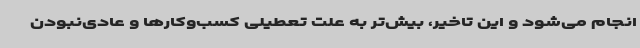
انجام می‌شود و این تاخیر، بیش‌تر به علت تعطیلی کسب‌وکارها و عادی‌نبودن